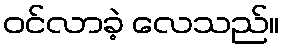
ဝင်လာခဲ့ လေသည်။